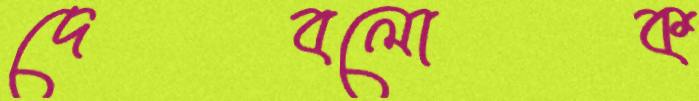
দেবলোক